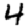
Digit: 4